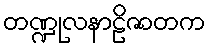
တဏ္ဍုလနာဠိဇာတက